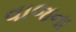
વાજના